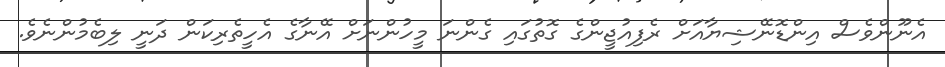
އެނޫންވެސް އިންޑޮނޭޝިޔާއަށް ރެފިއުޖީންގެ ގޮތުގައި ގެންނަ މީހުންނަށް އޭނާގެ އެހީތެރިކަން ދަނީ ލިބެމުންނެވެ.